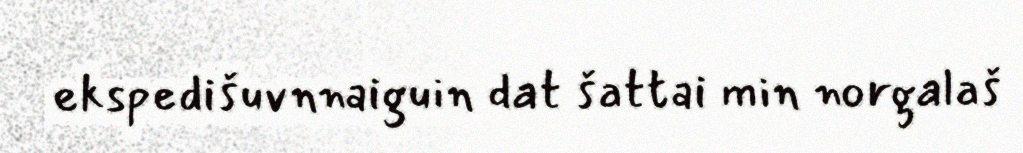
ekspedišuvnnaiguin dat šattai min norgalaš